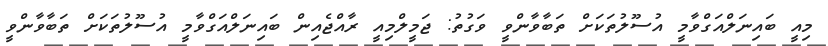
މިއީ ބައިނަލްއަގްވާމީ އުސޫލުތަކަށް ތަބާވާންވީ ވަގުތު: ޖަމީލްމިއީ ރާއްޖެއިން ބައިނަލްއަގްވާމީ އުސޫލުތަކަށް ތަބާވާންވީ